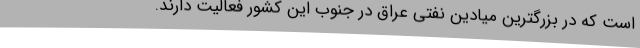
است که در بزرگترین میادین نفتی عراق در جنوب این کشور فعالیت دارند.